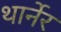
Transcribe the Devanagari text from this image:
थार्नेर